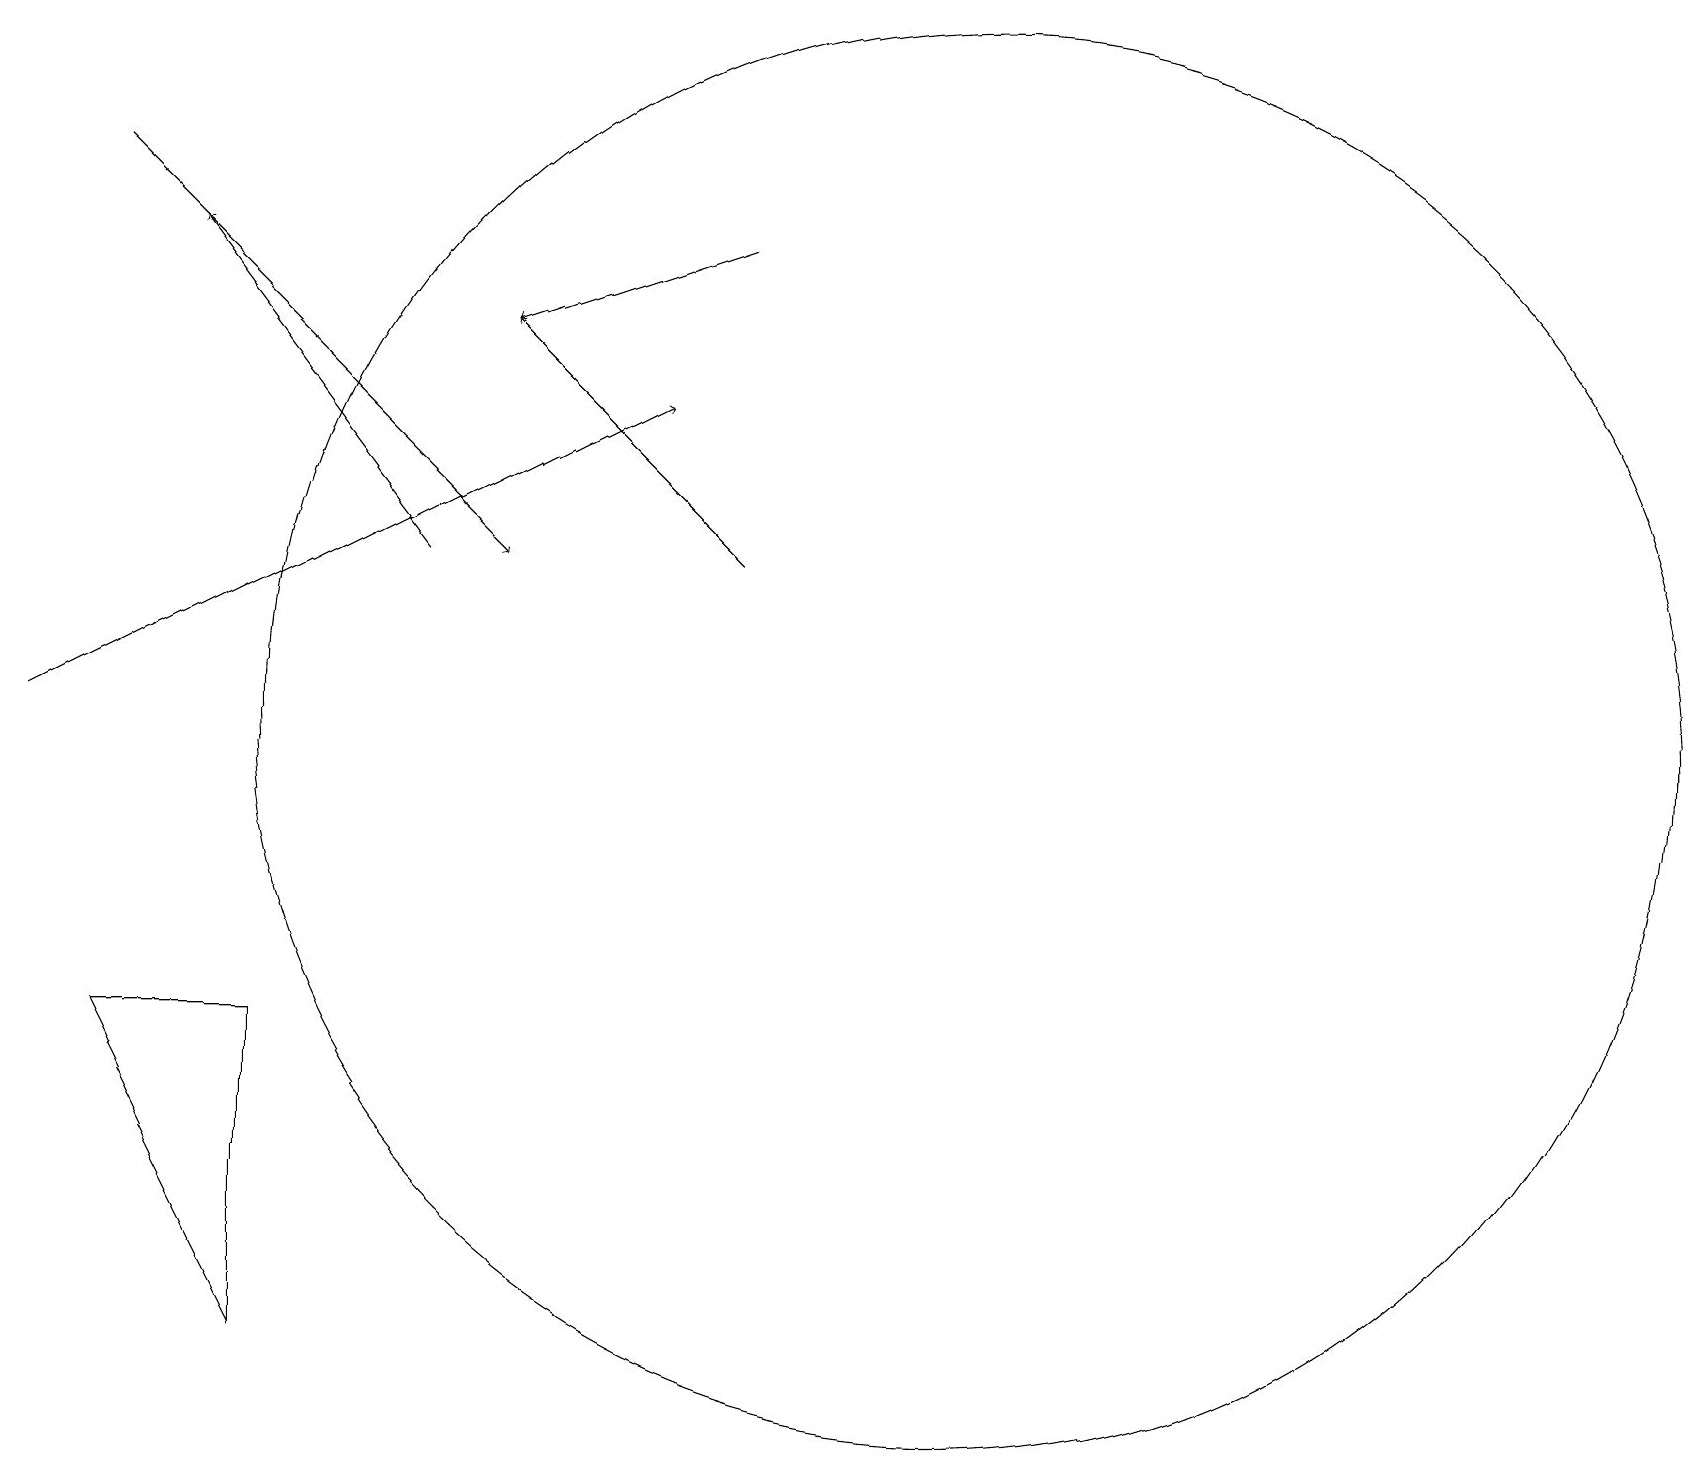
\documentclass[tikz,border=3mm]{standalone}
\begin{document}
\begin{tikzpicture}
\draw[->] (9,16) -- (6,15);
\draw[->] (5,12) -- (2,16);
\draw (12,10) circle (9);
\draw[->] (1,17) -- (6,12);
\draw[->] (9,12) -- (6,15);
\draw (3,6) -- (3,2) -- (1,6) -- cycle;
\draw[->] (0,10) -- (8,14);
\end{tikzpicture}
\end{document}